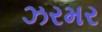
ઝરમર